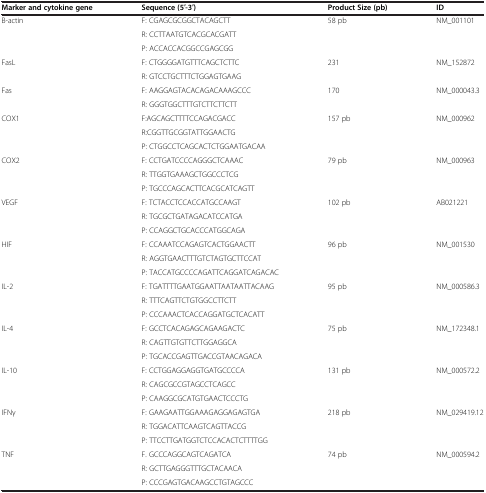
<table><thead><tr><td><b>Marker and cytokine gene</b></td><td><b>Sequence (5′-3′)</b></td><td><b>Product Size (pb)</b></td><td><b>ID</b></td></tr></thead><tbody><tr><td rowspan="3">B-actin</td><td>F: CGAGCGCGGCTACAGCTT</td><td rowspan="3">58 pb</td><td rowspan="3">NM_001101</td></tr><tr><td>R: CCTTAATGTCACGCACGATT</td></tr><tr><td>P: ACCACCACGGCCGAGCGG</td></tr><tr><td rowspan="2">FasL</td><td>F: CTGGGGATGTTTCAGCTCTTC</td><td rowspan="2">231</td><td rowspan="2">NM_152872</td></tr><tr><td>R: GTCCTGCTTTCTGGAGTGAAG</td></tr><tr><td rowspan="2">Fas</td><td>F: AAGGAGTACACAGACAAAGCCC</td><td rowspan="2">170</td><td rowspan="2">NM_000043.3</td></tr><tr><td>R: GGGTGGCTTTGTCTTCTTCTT</td></tr><tr><td rowspan="3">COX1</td><td>F:AGCAGCTTTTCCAGACGACC</td><td rowspan="3">157 pb</td><td rowspan="3">NM_000962</td></tr><tr><td>R:CGGTTGCGGTATTGGAACTG</td></tr><tr><td>P: CTGGCCTCAGCACTCTGGAATGACAA</td></tr><tr><td rowspan="3">COX2</td><td>F: CCTGATCCCCAGGGCTCAAAC</td><td rowspan="3">79 pb</td><td rowspan="3">NM_000963</td></tr><tr><td>R: TTGGTGAAAGCTGGCCCTCG</td></tr><tr><td>P: TGCCCAGCACTTCACGCATCAGTT</td></tr><tr><td rowspan="3">VEGF</td><td>F: TCTACCTCCACCATGCCAAGT</td><td rowspan="3">102 pb</td><td rowspan="3">AB021221</td></tr><tr><td>R: TGCGCTGATAGACATCCATGA</td></tr><tr><td>P: CCAGGCTGCACCCATGGCAGA</td></tr><tr><td rowspan="3">HIF</td><td>F: CCAAATCCAGAGTCACTGGAACTT</td><td rowspan="3">96 pb</td><td rowspan="3">NM_001530</td></tr><tr><td>R: AGGTGAACTTTGTCTAGTGCTTCCAT</td></tr><tr><td>P: TACCATGCCCCAGATTCAGGATCAGACAC</td></tr><tr><td rowspan="3">IL-2</td><td>F: TGATTTTGAATGGAATTAATAATTACAAG</td><td rowspan="3">95 pb</td><td rowspan="3">NM_000586.3</td></tr><tr><td>R: TTTCAGTTCTGTGGCCTTCTT</td></tr><tr><td>P: CCCAAACTCACCAGGATGCTCACATT</td></tr><tr><td rowspan="3">IL-4</td><td>F: GCCTCACAGAGCAGAAGACTC</td><td rowspan="3">75 pb</td><td rowspan="3">NM_172348.1</td></tr><tr><td>R: CAGTTGTGTTCTTGGAGGCA</td></tr><tr><td>P: TGCACCGAGTTGACCGTAACAGACA</td></tr><tr><td rowspan="3">IL-10</td><td>F: CCTGGAGGAGGTGATGCCCCA</td><td rowspan="3">131 pb</td><td rowspan="3">NM_000572.2</td></tr><tr><td>R: CAGCGCCGTAGCCTCAGCC</td></tr><tr><td>P: CAAGGCGCATGTGAACTCCCTG</td></tr><tr><td rowspan="3">IFNγ</td><td>F: GAAGAATTGGAAAGAGGAGAGTGA</td><td rowspan="3">218 pb</td><td rowspan="3">NM_029419.12</td></tr><tr><td>R: TGGACATTCAAGTCAGTTACCG</td></tr><tr><td>P: TTCCTTGATGGTCTCCACACTCTTTTGG</td></tr><tr><td rowspan="3">TNF</td><td>F. GCCCAGGCAGTCAGATCA</td><td rowspan="3">74 pb</td><td rowspan="3">NM_000594.2</td></tr><tr><td>R: GCTTGAGGGTTTGCTACAACA</td></tr><tr><td>P: CCCGAGTGACAAGCCTGTAGCCC</td></tr></tbody></table>